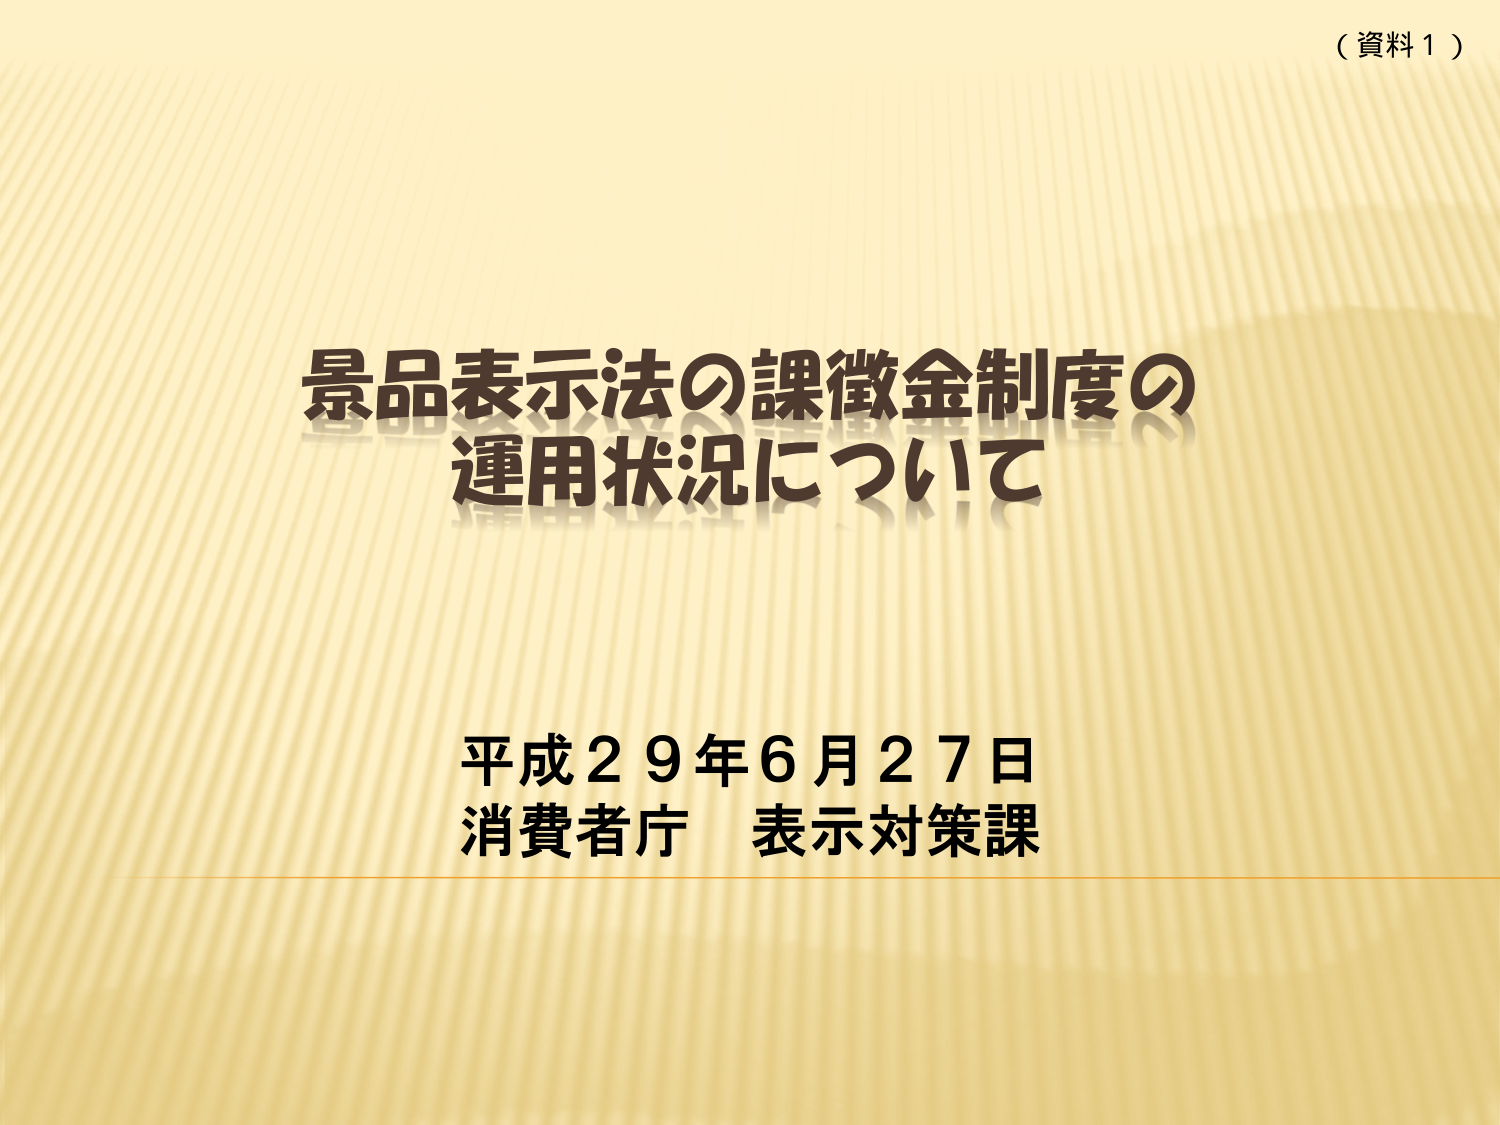
（資料１）

景品表示法の課徴金制度の
運用状況について

平成２９年６月２７日
消費者庁 表示対策課